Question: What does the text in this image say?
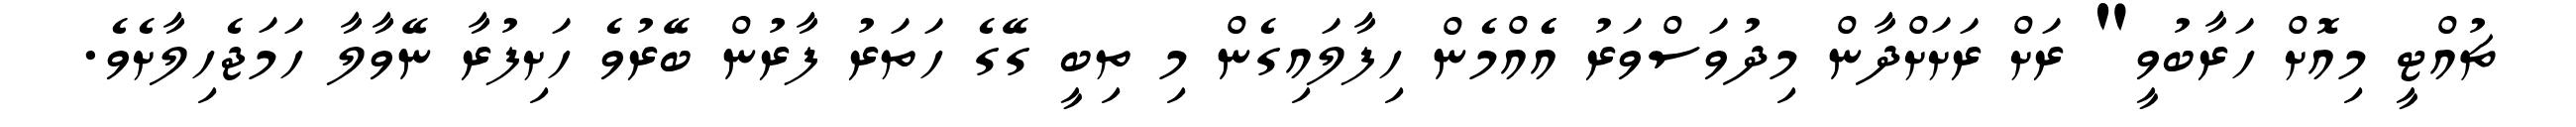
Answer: ޗުއްޓީ މިއޮށް ހަރާބުވީ" ރަށް ރަށަށްދާން މިދުވަސްވަރު އެެއްމެން ހިފާލައިގެން މި ތިބީ ގޭގެ ހަތަރު ފާރުން ބޭރުވެ ހަށިފުރާ ނޭވާލާ ހަމަޖެހިލާށެވެ.